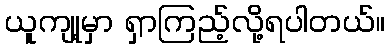
ယူကျု့မှာ ရှာကြည့်လို့ရပါတယ်။